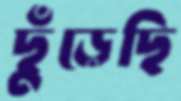
ছুঁড়েছি